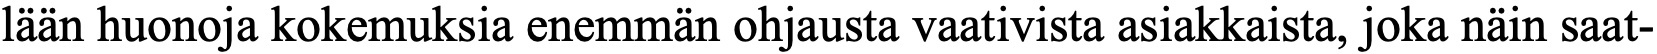
lään huonoja kokemuksia enemmän ohjausta vaativista asiakkaista, joka näin saat-